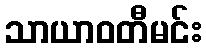
သာယာဝတီမင်း